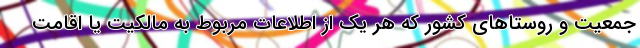
جمعیت و روستاهای کشور که هر یک از اطلاعات مربوط به مالکیت یا اقامت